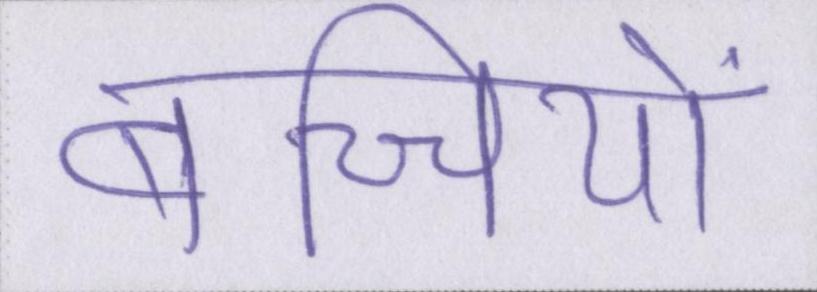
बच्चियों